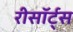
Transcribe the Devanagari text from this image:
रीसॉर्ट्स